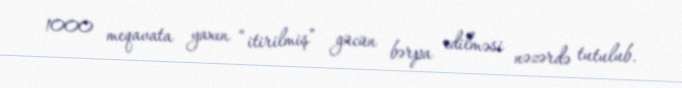
1000 meqavata yaxın “itirilmiş” gücün bərpa edilməsi nəzərdə tutulub.